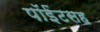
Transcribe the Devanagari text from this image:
पॉईंटसह